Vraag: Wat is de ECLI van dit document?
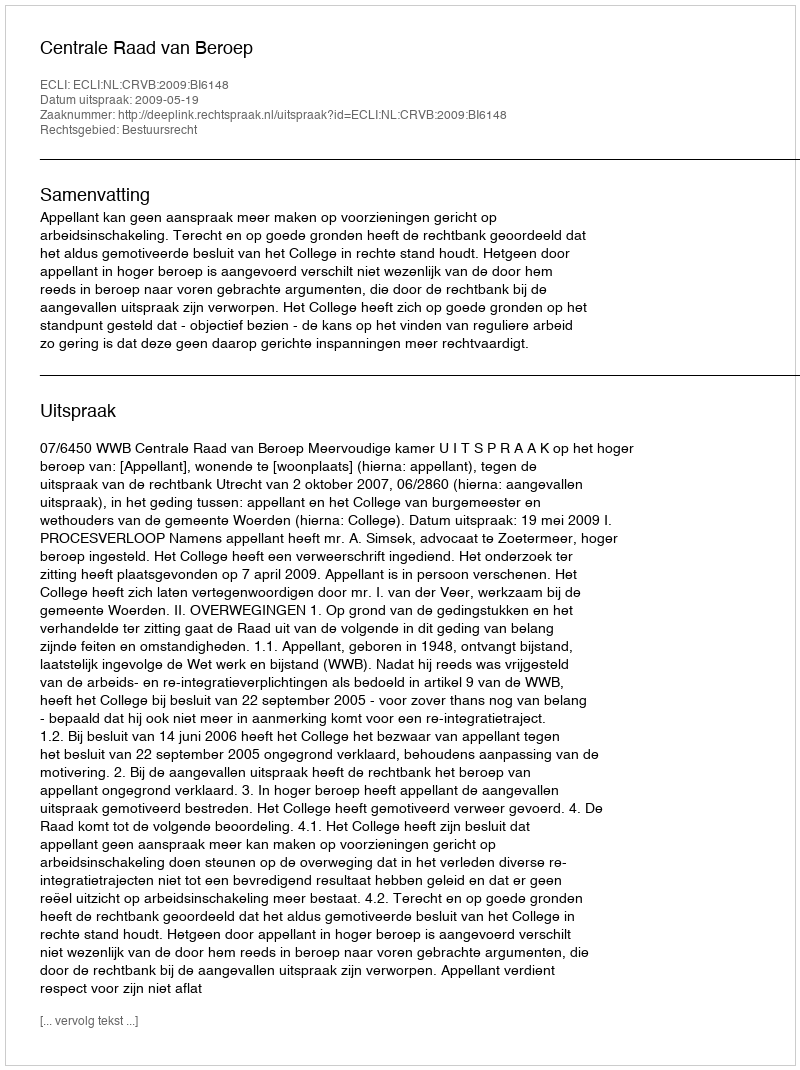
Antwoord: ECLI:NL:CRVB:2009:BI6148